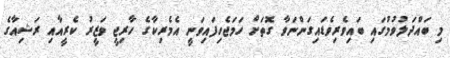
މި ބައްދަލުވުމުގައި ބައިވެރިވެޑައިގަންނަވާ ގޮތަށް ހަމަޖެހިފައިވަނީ އެމެރިކާގެ ހާރިޖީ ވަޒީރު ކެރީއާއި ރަޝިއާގެ